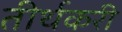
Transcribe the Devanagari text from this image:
तीर्थकरी